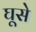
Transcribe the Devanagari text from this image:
घूसे